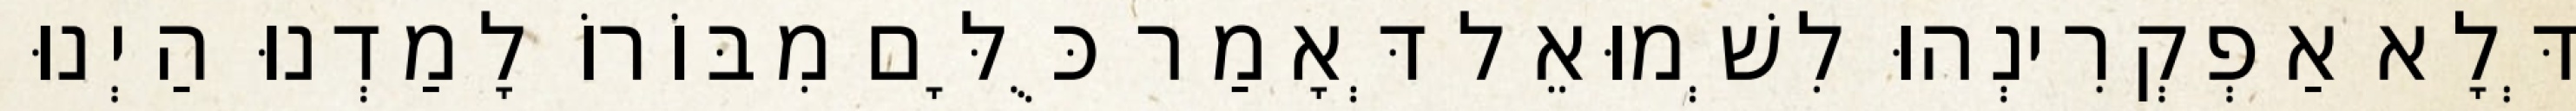
דְּלָא אַפְקְרִינְהוּ לִשְׁמוּאֵל דְּאָמַר כֻּלָּם מִבּוֹרוֹ לָמַדְנוּ הַיְנוּ